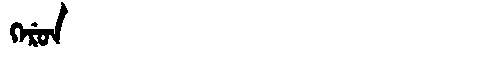
Manchu: ᡴᡝᡵᡠᠨ
Romanization: KERUN